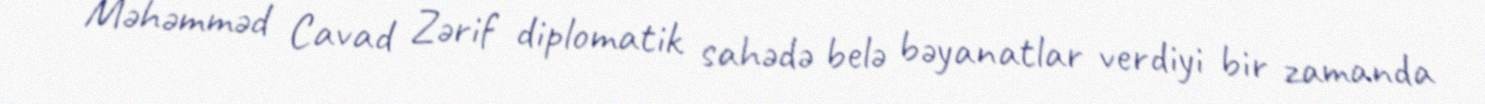
Məhəmməd Cavad Zərif diplomatik sahədə belə bəyanatlar verdiyi bir zamanda